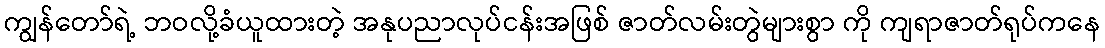
ကျွန်တော်ရဲ့ ဘဝလို့ခံယူထားတဲ့ အနုပညာလုပ်ငန်းအဖြစ် ဇာတ်လမ်းတွဲများစွာ ကို ကျရာဇာတ်ရုပ်ကနေ